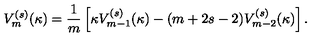
V _ { m } ^ { ( s ) } ( \kappa ) = \frac { 1 } { m } \left[ \kappa V _ { m - 1 } ^ { ( s ) } ( \kappa ) - ( m + 2 s - 2 ) V _ { m - 2 } ^ { ( s ) } ( \kappa ) \right] .